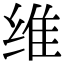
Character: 维